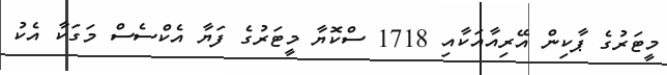
މީޓަރުގެ ޕާކިން އޭރިއާއަކާއި 1718 ސްކޮޔާ މީޓަރުގެ ފަޔާ އެކްސެސް މަގަކާ އެކު